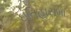
ઇતિહાસમા